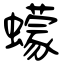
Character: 蠓